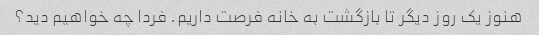
هنوز یک روز دیگر تا بازگشت به خانه فرصت داریم. فردا چه خواهیم دید؟